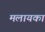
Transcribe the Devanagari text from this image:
मलायका